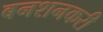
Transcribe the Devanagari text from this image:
बनशनकरी